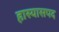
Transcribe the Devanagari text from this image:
हास्यासपद